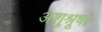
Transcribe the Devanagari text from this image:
अशुश्रूषा